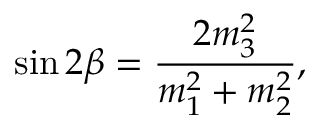
\sin 2 \beta = \frac { 2 m _ { 3 } ^ { 2 } } { m _ { 1 } ^ { 2 } + m _ { 2 } ^ { 2 } } ,